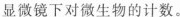
显微镜下对微生物的计数。